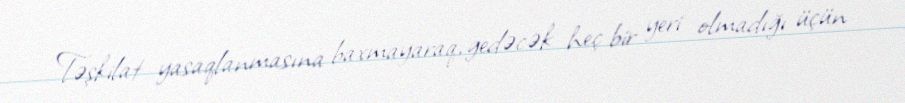
Təşkilat yasaqlanmasına baxmayaraq, gedəcək heç bir yeri olmadığı üçün